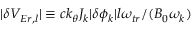
\lvert \delta V _ { E r , l } \rvert \equiv c k _ { \theta } J _ { k } \lvert \delta \phi _ { k } \rvert l \omega _ { t r } / ( B _ { 0 } \omega _ { k } )